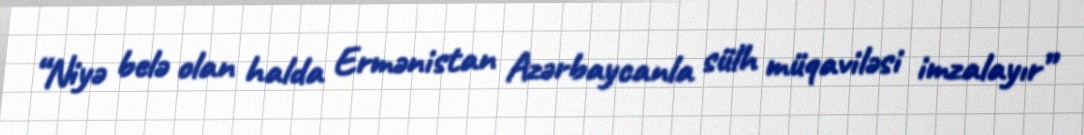
“Niyə belə olan halda Ermənistan Azərbaycanla sülh müqaviləsi imzalayır”